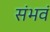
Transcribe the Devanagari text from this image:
संभवं